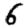
Digit: 6